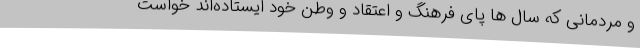
و مردمانی که سال ها پای فرهنگ و اعتقاد و وطن خود ایستاده‌اند خواست